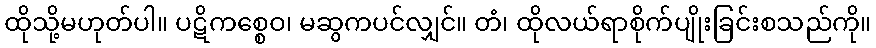
ထိုသို့မဟုတ်ပါ။ ပဋိကစ္စေဝ၊ မဆွကပင်လျှင်။ တံ၊ ထိုလယ်ရာစိုက်ပျိုးခြင်းစသည်ကို။